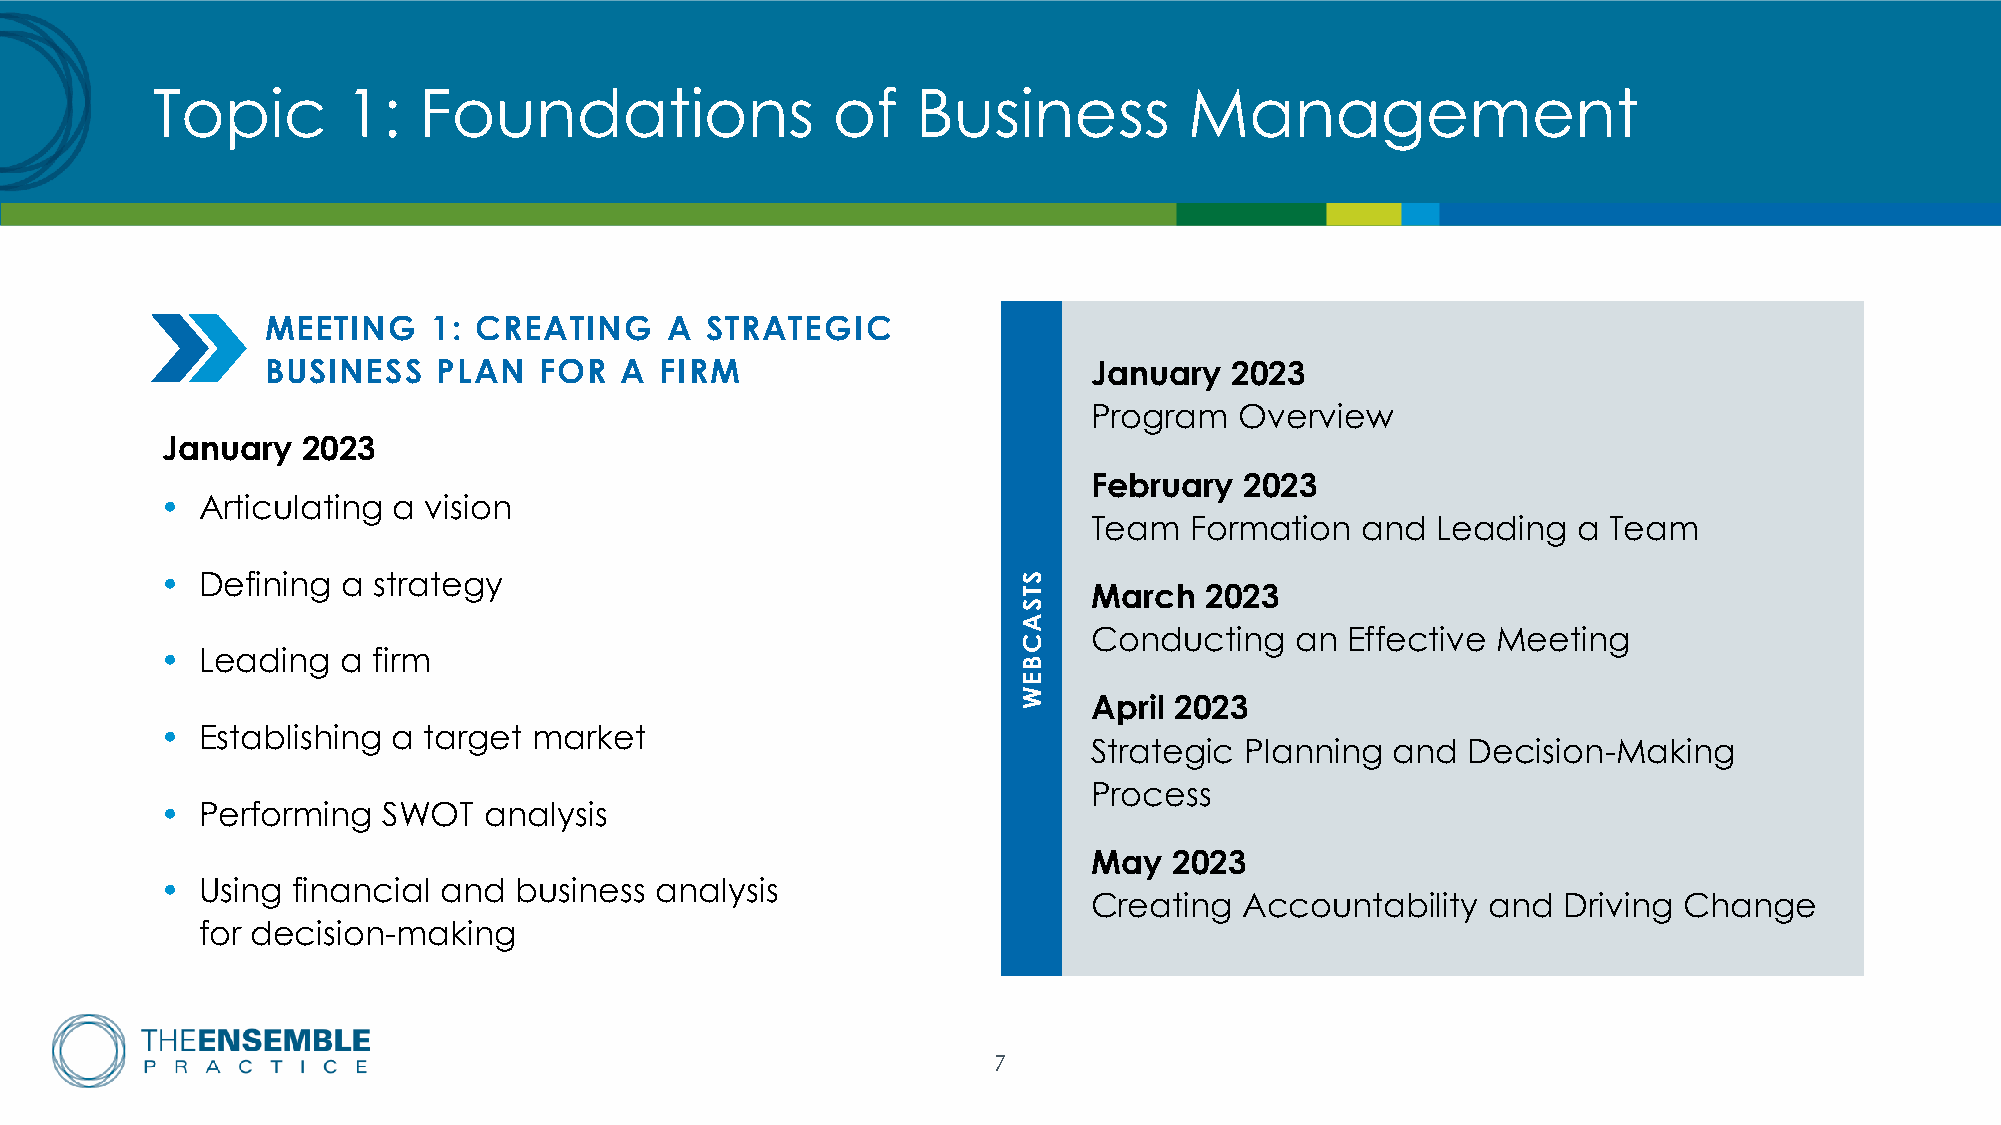
Topic        1:   Foundations                of    Business          Management
 MEETING    1: CREATING    A  STRATEGIC
 BUSINESS   PLAN   FOR  A  FIRM                        January  2023
 Program   Overview
 January  2023
 February  2023
 • Articulating a vision
 Team   Formation  and  Leading  a  Team
 • Defining  a strategy
 March   2023
 Conducting    an Effective Meeting
 • Leading   a firm
 April 2023
 • Establishing a target market
 Strategic Planning  and  Decision-Making
 Process
 • Performing  SWOT   analysis
 May   2023
 • Using financial and  business analysis
 Creating  Accountability   and Driving Change
 for decision-making
 7
 STSACBEW